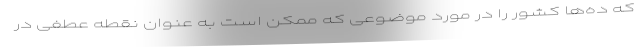
که ده‌ها کشور را در مورد موضوعی که ممکن است به عنوان نقطه عطفی در